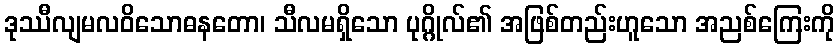
ဒုဿီလျမလဝိသောဓနတော၊ သီလမရှိသော ပုဂ္ဂိုလ်၏ အဖြစ်တည်းဟူသော အညစ်ကြေးကို